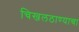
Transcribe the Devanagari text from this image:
चिखलठाण्याचा